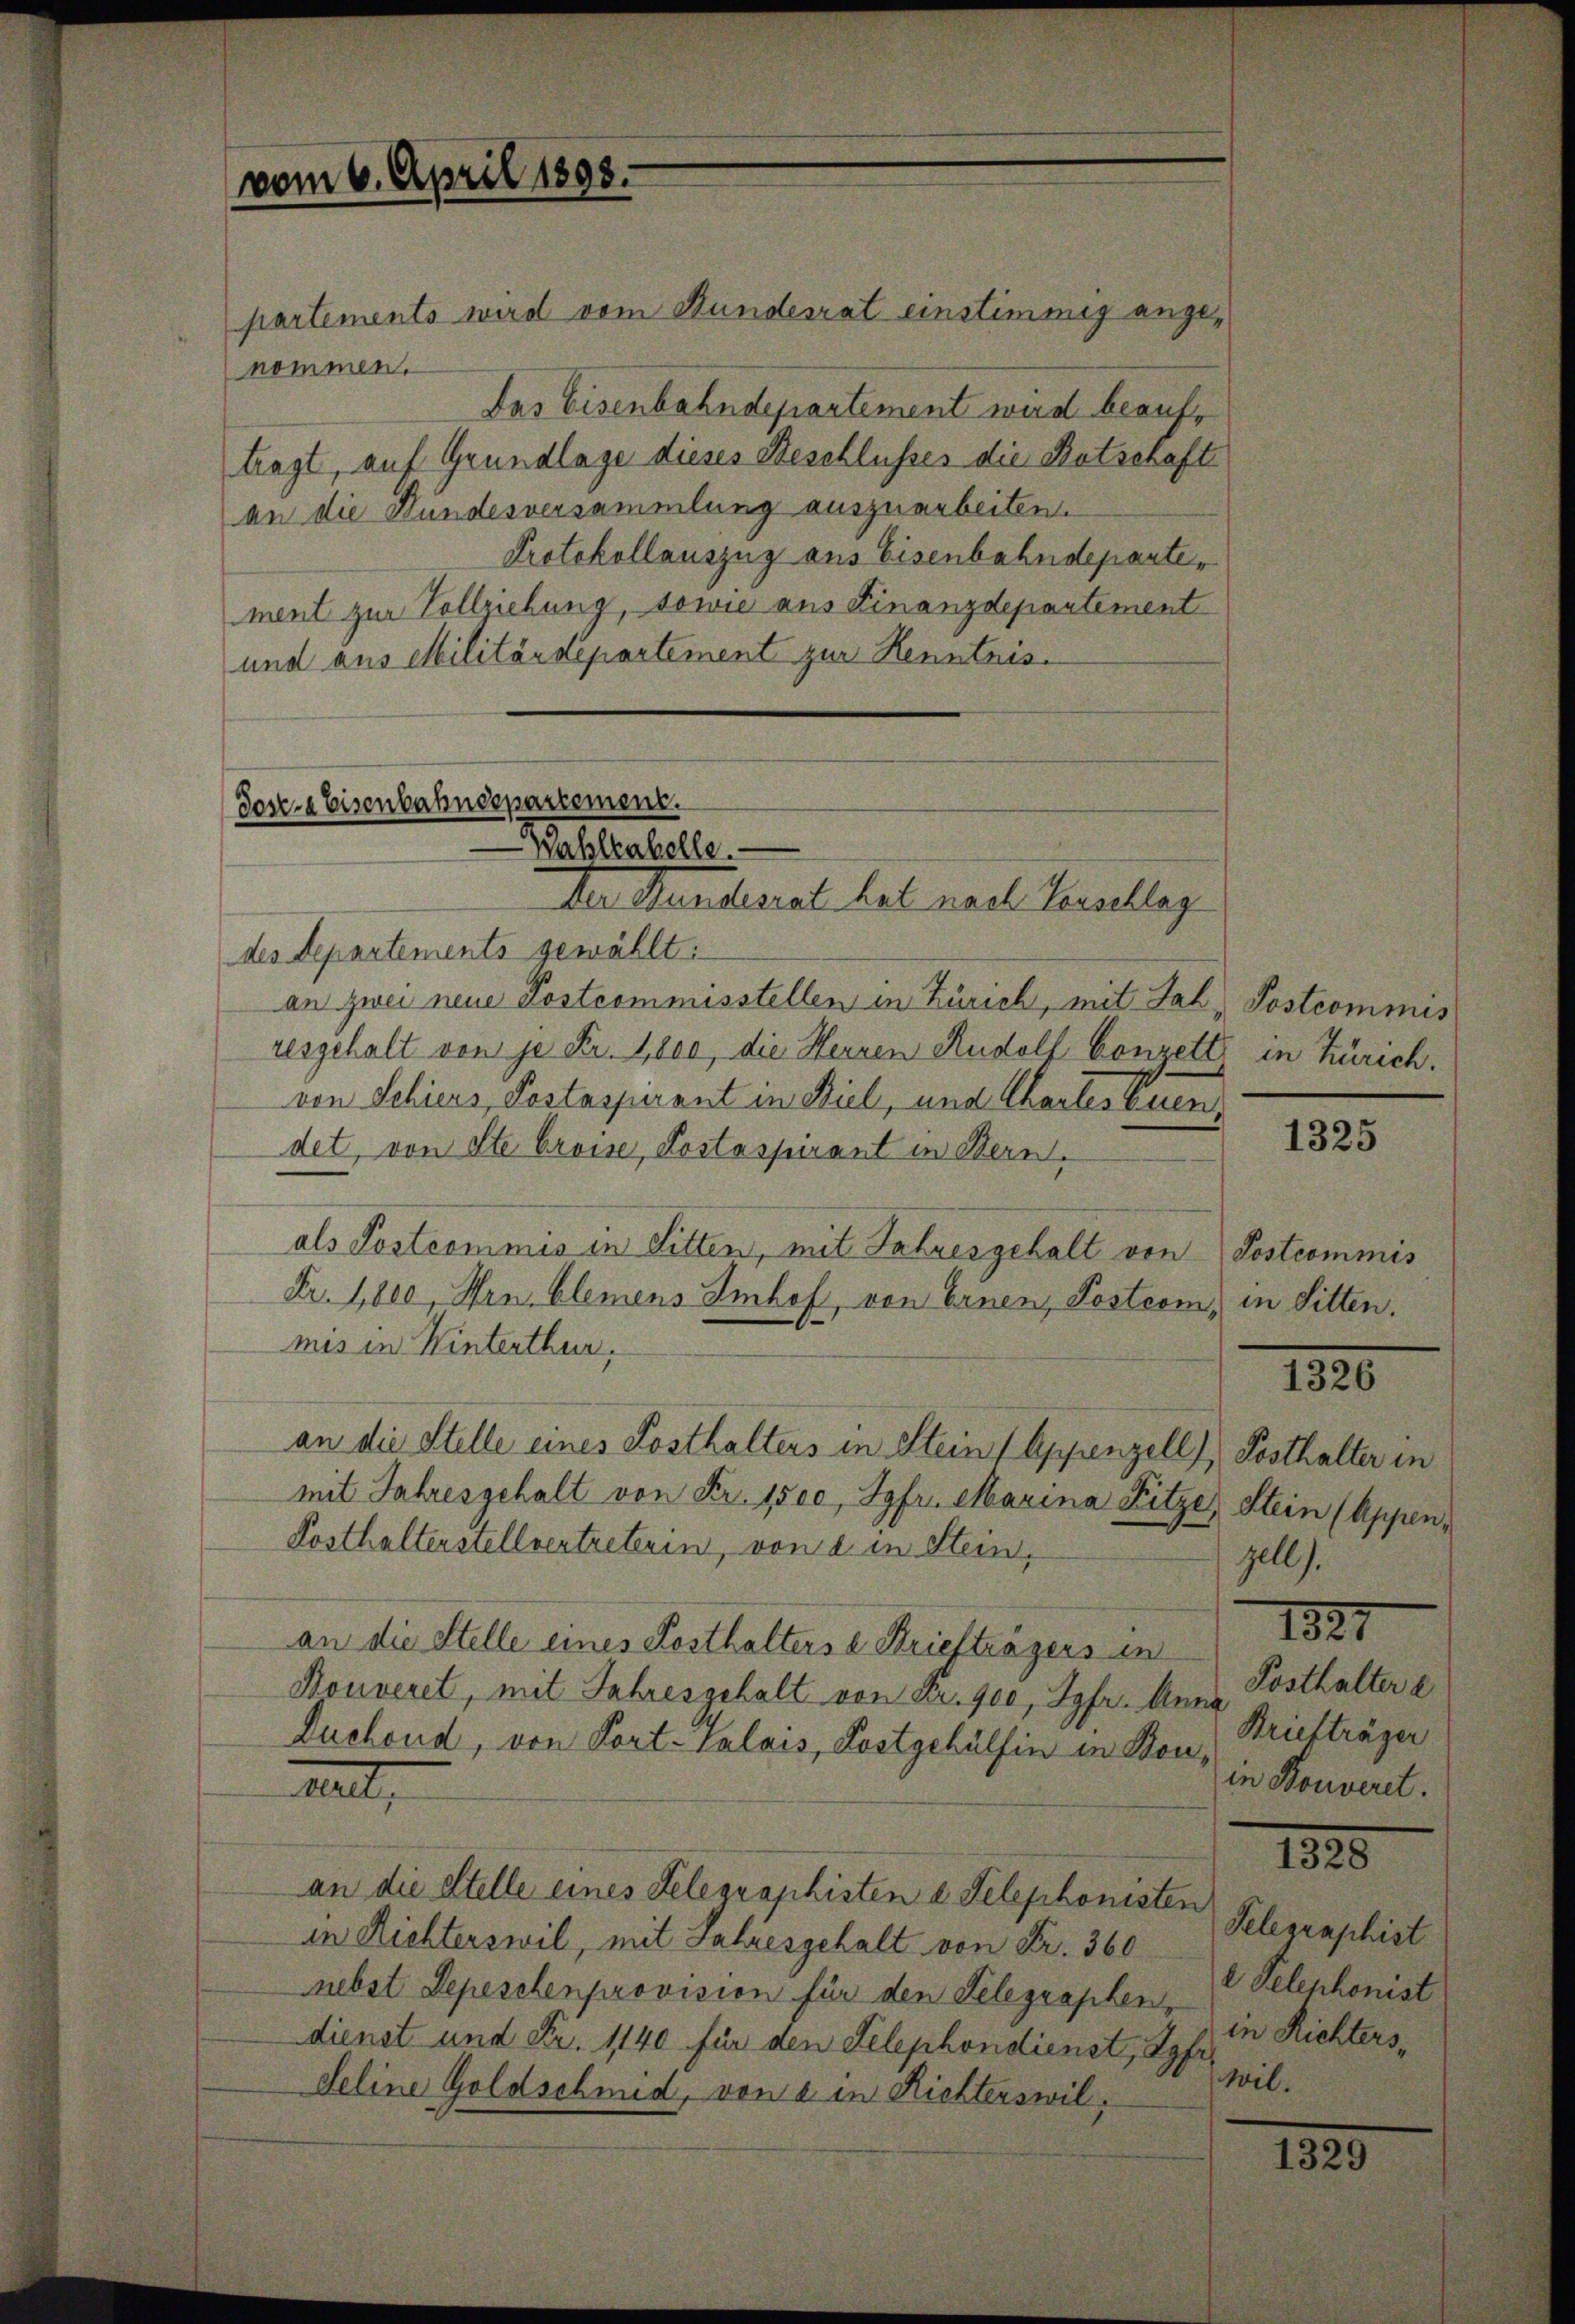
vom 6. April 1898.

partements wird vom Stundesrat einstimmig angenommen.
Das Eisenbahndepartement wird beauftragt, auf Grundlage dieses Beschlusses die Ratschaft
an die Bundesversammlung auszuarbeiten.
Protokollauszug aus Eisenbahndepartement zur Vollziehung, sowie aus Finanzdepartement
und aus Militärdepartement zur Kenntnis¬

Tose.« Eisenbahndepartement.
Wahlkabelle.
Der Hundesrat hat nach Vorschlag

des Departements gewählt:
an zwei neue Postcommisstellen in Zürich, mit Jal, Postcommis
resgehalt von je Fr. 1,800, die Herren Rudolf Conzett in Zürich.
von Schiers Postaspirant in Biel, und Chartes Euren
det, von Ste Grosse, Postaspirant in Stern,
als Postcommis in Sitten, mit Jahresgehalt von Postcommis
Fr. 1,800, Hrn. Clemens Imhof, von Ernen, Postrom, in Sitten.
mis in Winterthur.
an die Stelle eines Posthalters in Stein (Appenzell), Posthalter in
mit Jahresgehalt von Fr. 1500, Jgfr. Marina Fitze, Stein (Appen¬
Posthalterstellvertreterin, von d in Stein,
an die Stelle eines Posthalters d. Briefträgers in
Kouveret, mit Jahresgehalt von Fr. 900, Jgfr. Anna Posthalter e
Duchoud, von Port-Valais, Postgehülfen in Bonwalt,
an die Stelle eines Telegraphisten d. Telephonisten
in Richterswil, mit Jahresgehalt von Fr. 360
nebst Depeschenprovision für den Telegraphen, Telephonist
dienst und Fr. 1140 für den Telephondienst, Syfr
wil.
Feline Goldschmid, von 2 in Richterswil,

1325

1326

zell).

1821
Briefträger
in Konveret.

1820

Telegraphist
in Richters,

1329